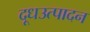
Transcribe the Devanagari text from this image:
दूधउत्पादन